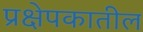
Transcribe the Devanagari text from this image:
प्रक्षेपकातील